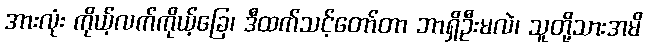
အားလုံး ကိုယ့်လက်ကိုယ့်ခြေ၊ ဒီထက်သင့်တော်တာ ဘာရှိဦးမလဲ၊ သူတို့သားအမိ